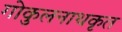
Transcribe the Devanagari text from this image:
गोकुलनाथकृत